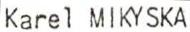
Karel MIKYSKA